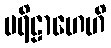
ပရိဠာဟေဟိ